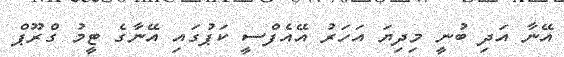
އޭނާ އަދި ބުނީ މިދިޔަ އަހަރު އޭއެފްސީ ކަޕުގައި އޭނާގެ ޓީމު ގްރޫޕް